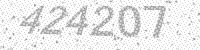
Solution: 424207